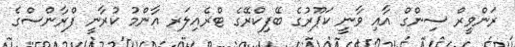
ރަންވީރް ސިންގް އާއި ވާނީ ކަޕޫރުގެ ބޭފިކްރޭގެ ޓްރެއިލަރ އާންމު ކުރާނީ ފްރާންސްގެ